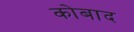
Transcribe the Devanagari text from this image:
कोबाद